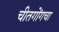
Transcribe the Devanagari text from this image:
चीतगोंगचा